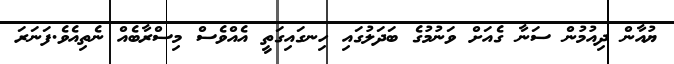
ޔުއާން ދިއުމުން ސަނާ ގެއަށް ވަނުމުގެ ބަދަލުގައި ހިނގައިގަތީ އެއްވެސް މިސްރާބެއް ނެތިއެވެ.ފަނަރަ